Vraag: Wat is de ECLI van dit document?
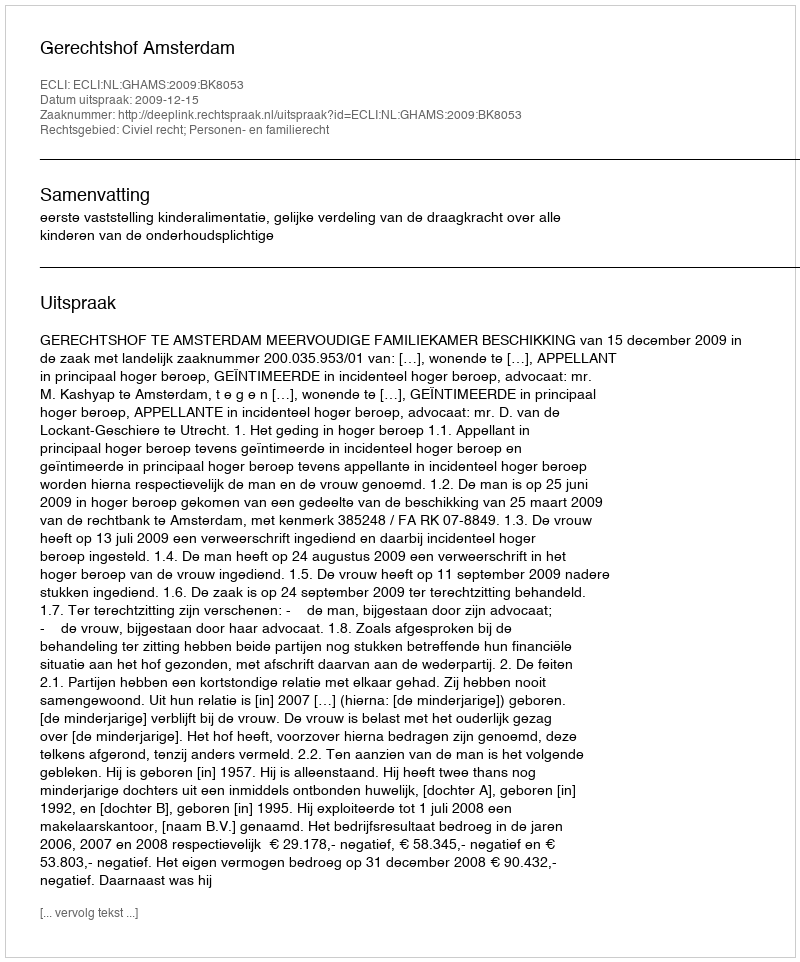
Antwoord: ECLI:NL:GHAMS:2009:BK8053